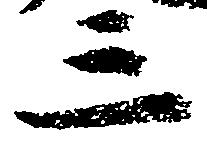
三